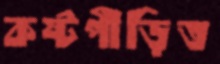
কষ্টপীড়িত